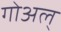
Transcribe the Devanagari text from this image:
गोअल्